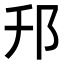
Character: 䢴